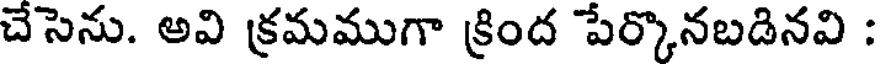
చేసెను. అవి క్రమముగా క్రింద పేర్కొనబడినవి :